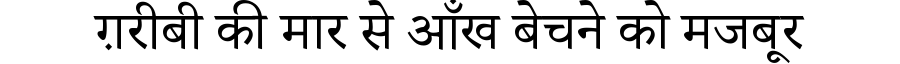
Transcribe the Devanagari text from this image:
ग़रीबी की मार से आँख बेचने को मजबूर